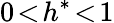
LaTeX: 0\! <\! h^{\ast}\! <\! 1